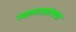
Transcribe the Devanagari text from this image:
स्थलनामांच्या